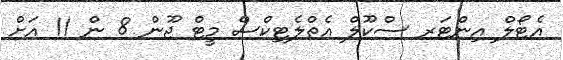
އެޓޯލް އިންޓަރ ސްކޫލް އެތްލެޓިކްސް މީޓް ޖޫން 8 ން 11 އަށް